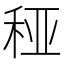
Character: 䅉